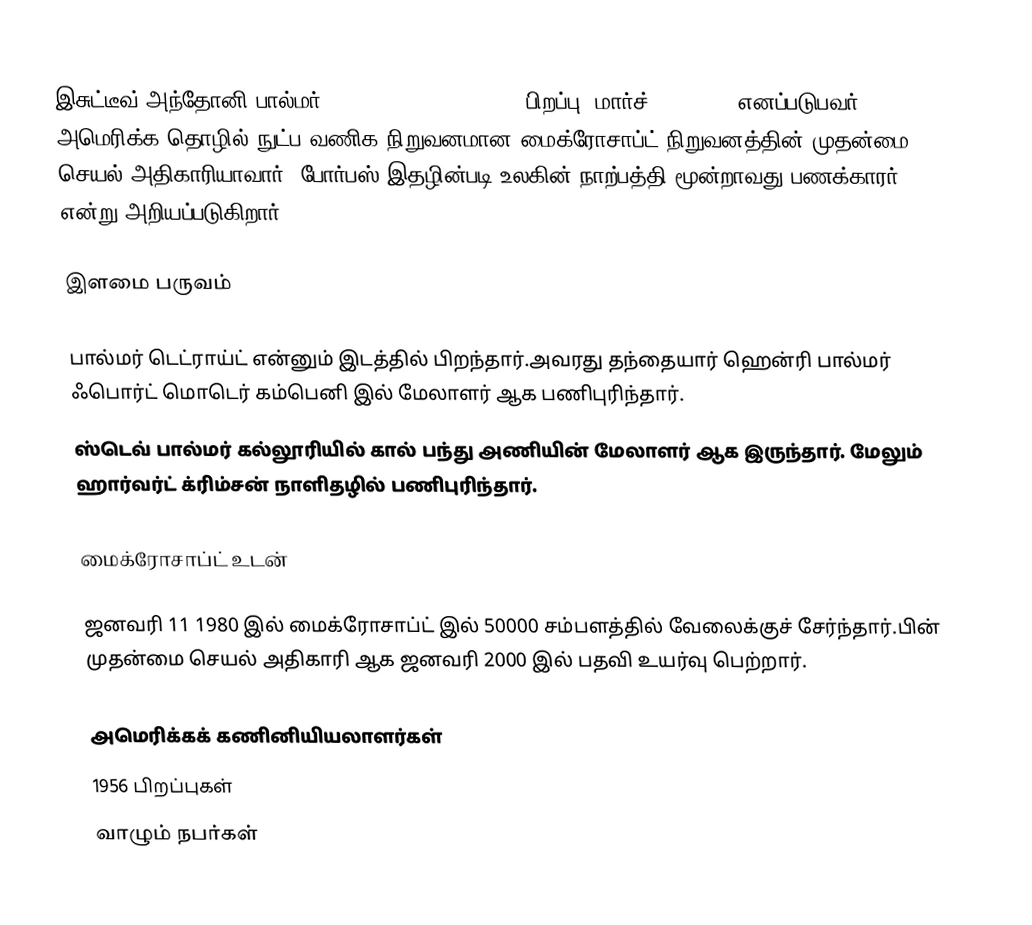
இசுட்டீவ் அந்தோனி பால்மர் (Steve Anthony Ballmer, பிறப்பு: மார்ச் 24, 1956) எனப்படுபவர் அமெரிக்க தொழில் நுட்ப வணிக நிறுவனமான மைக்ரோசாப்ட் நிறுவனத்தின் முதன்மை செயல் அதிகாரியாவார். போர்பஸ் இதழின்படி உலகின் நாற்பத்தி மூன்றாவது பணக்காரர் என்று அறியப்படுகிறார்.

இளமை பருவம்

பால்மர் டெட்ராய்ட் என்னும் இடத்தில் பிறந்தார்.அவரது தந்தையார் ஹென்ரி பால்மர் ஃபொர்ட் மொடெர் கம்பெனி இல் மேலாளர் ஆக பணிபுரிந்தார்.
ஸ்டெவ் பால்மர் கல்லூரியில் கால் பந்து அணியின் மேலாளர் ஆக இருந்தார். மேலும் ஹார்வர்ட் க்ரிம்சன் நாளிதழில் பணிபுரிந்தார்.

மைக்ரோசாப்ட் உடன்

ஜனவரி 11 1980 இல் மைக்ரோசாப்ட் இல் 50000 சம்பளத்தில் வேலைக்குச் சேர்ந்தார்.பின் முதன்மை செயல் அதிகாரி ஆக ஜனவரி 2000 இல் பதவி உயர்வு பெற்றார்.

அமெரிக்கக் கணினியியலாளர்கள்
1956 பிறப்புகள்
வாழும் நபர்கள்